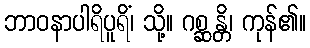
ဘာဝနာပါရိပူရိံ၊ သို့။ ဂစ္ဆန္တိ၊ ကုန်၏။